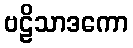
ဗဠိသာဒကော